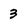
Character: 3